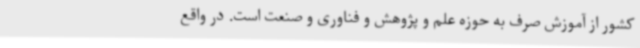
کشور از آموزش صرف به حوزه علم و پژوهش و فناوری و صنعت است. در واقع